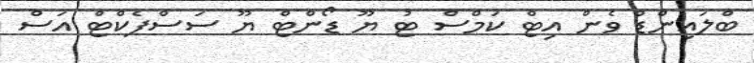
ބްލައިންޑް ވެން އިޓް ކަމްސް ޓު ޔޫ ޑޯންޓް ޔޫ ސަސްޕެކްޓް އަސް